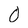
Character: 0